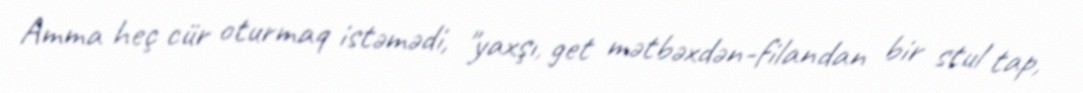
Amma heç cür oturmaq istəmədi, "yaxşı, get mətbəxdən-filandan bir stul tap,